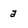
Character: a